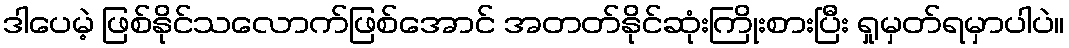
ဒါပေမဲ့ ဖြစ်နိုင်သလောက်ဖြစ်အောင် အတတ်နိုင်ဆုံးကြိုးစားပြီး ရှုမှတ်ရမှာပါပဲ။